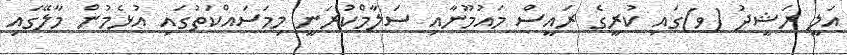
އަލީ ރަޝީދު (ވ)ގައި ކުރީގެ ރައީސް މައުމޫނާއި ސަލާމްކުރަނީ މިމަސައްކަތުގައި އުޅެމުން މާލޭގައި